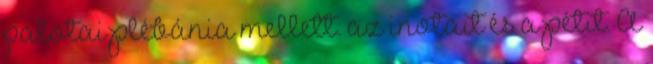
palotai plébánia mellett: az inotait és a pétit. A